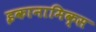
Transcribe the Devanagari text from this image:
इकानामिक्स